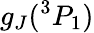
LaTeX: g_{J}(^{3}P_{1})